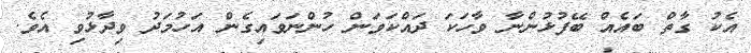
އެކު ގާތް ބައެއް ބޭފުޅުންނާ ވާހަކަ ދައްކަވަން ހުންނަވައިގެން އަހުމަދު ވިދާޅުވި އެވެ.